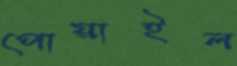
পোয়াইল